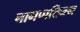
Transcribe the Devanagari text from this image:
नागप्पत्तिनम